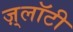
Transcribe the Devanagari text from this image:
ज़्लॉटी